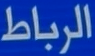
الرباط